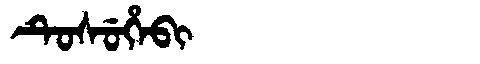
Manchu: ᡨᡠᠰᡠᡥᡝᠪᡳ
Romanization: TUSUHEBI